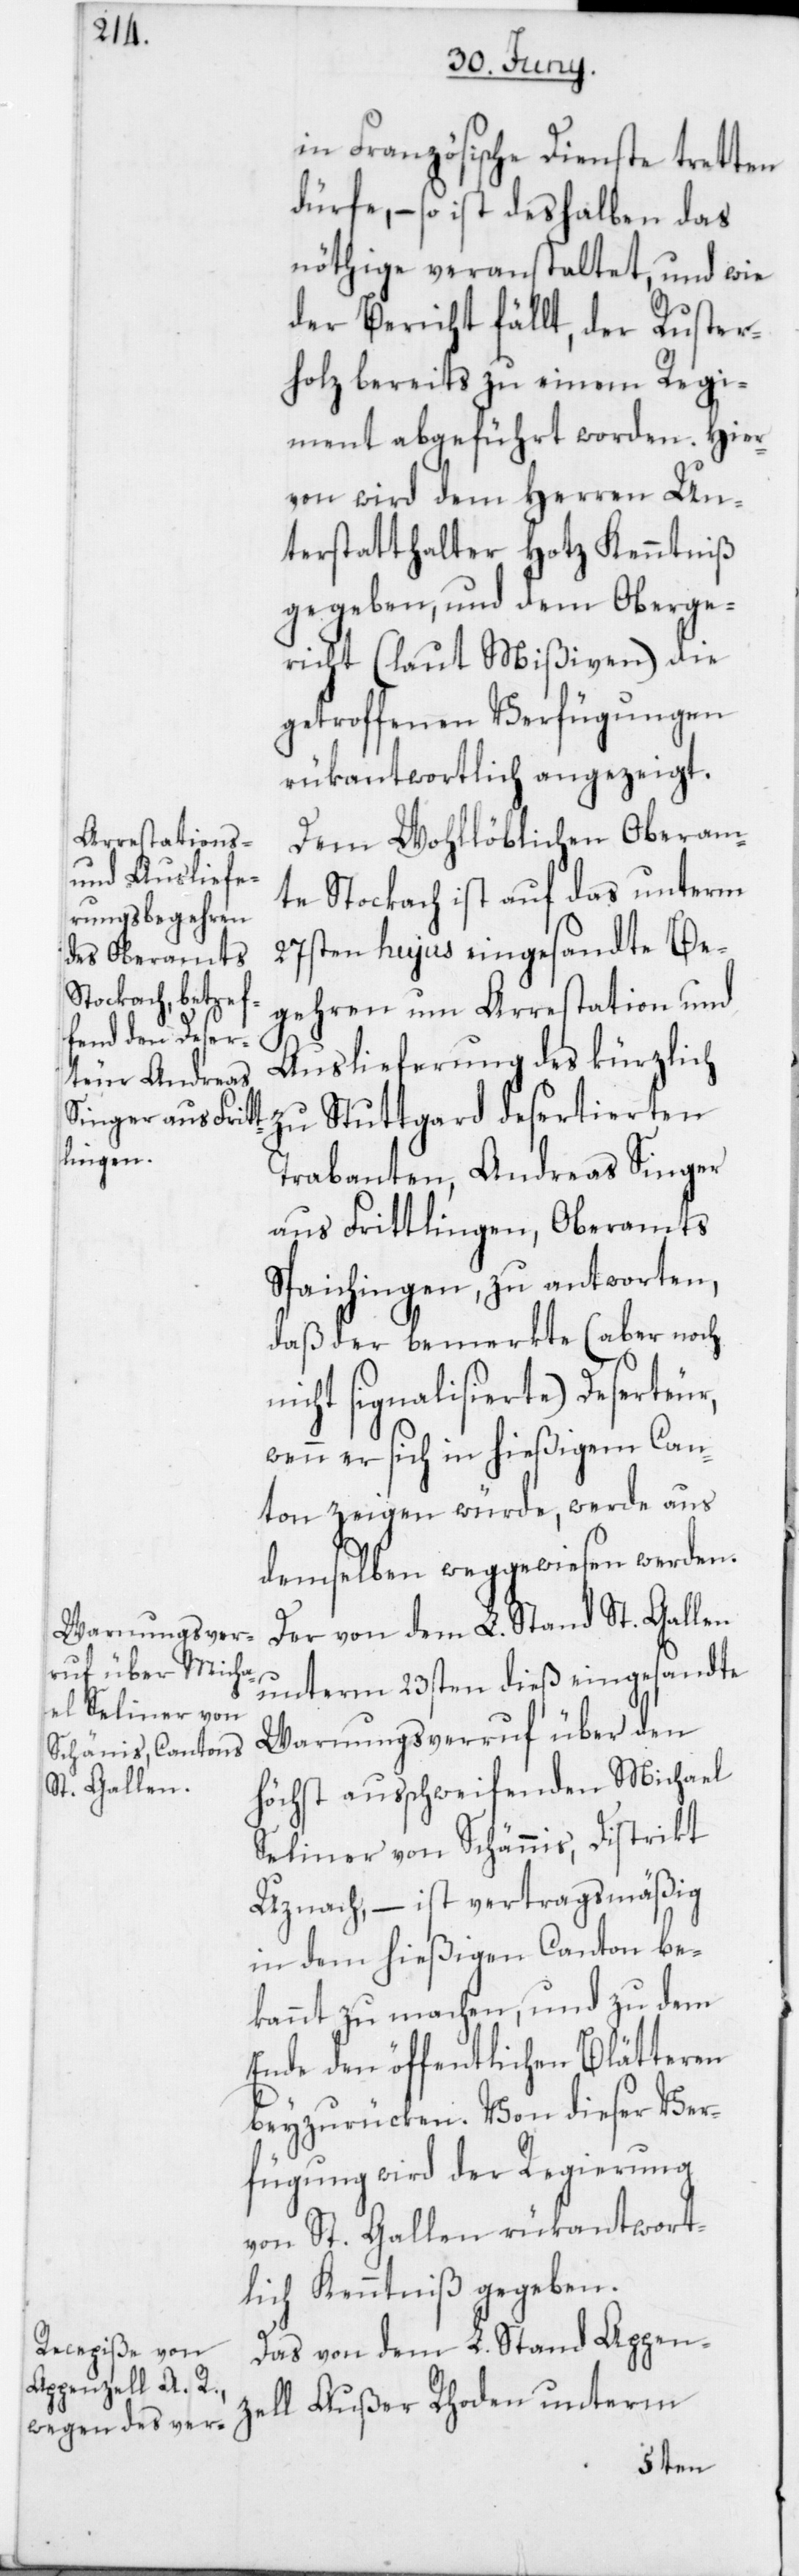
in Französische Dienste tretten
dürfe, – so ist deshalben das
nöthige veranstaltet, und wie
der Bericht fällt, der Ruster¬
holz bereits zu einem Regi¬
ment abgeführt worden. Hier¬
von wird dem Herren Un¬
terstatthalter Hotz Kenntniß
gegeben, und dem Oberge¬
richt (laut Mißiven) die
getroffenen Verfügungen
rükantwortlich angezeigt.
Dem Wohllöblichen Oberam¬
te Stockach ist auf das unterm
27sten hujus eingesandte Be¬
gehren um Arrestation und
Auslieferung des kürzlich
zu Stuttgard desertierten
Trabanten, Andreas Singer
aus Frittlingen, Oberamts
Spaichingen, zu antworten,
daß der bemerkte (aber noch
nicht signalisierte) Deserteur,
wenn er sich in hießigem Can¬
ton zeigen würde, werde aus
demselben weggewiesen werden.
Der von dem L. Stand St. Gallen
unterm 23sten dieß eingesandte
Warnungsverruf über den
höchst ausschweifenden Michael
Seliner von Schännis, Distrikt
Uznach, – ist vertragsmäßig
in dem hießigen Canton be¬
kannt zu machen, und zu dem
Ende den öffentlichen Blätteren
beizurücken. Von dieser Ver¬
fügung wird der Regierung
von St. Gallen rükantwort¬
lich Kenntniß gegeben.
Das von dem L. Stand Appenz¬
ell Außer Rhoden unterm